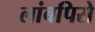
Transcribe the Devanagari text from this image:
लांबपिसे